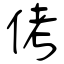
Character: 侤